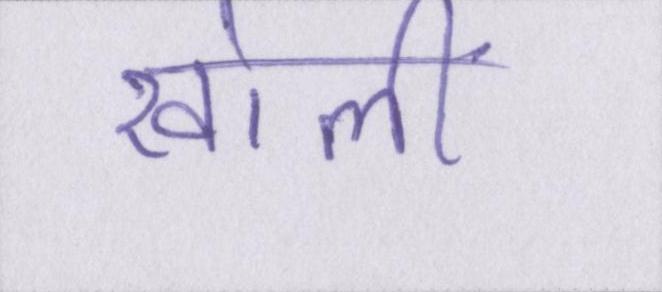
खोलीं